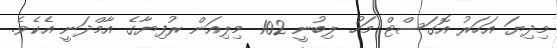
މިދިޔަ އަހަރު އޮގަސްޓް މަހު ލިބުނީ 102 މިލިއަން ރުފިޔާގެ އާމްދަނީ އެކެވެ.